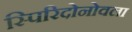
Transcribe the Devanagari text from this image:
स्पिरिदोनोवला